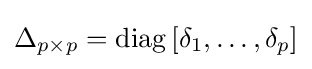
\Delta _{p\times p}=\operatorname {diag} \left[\delta _{1},\ldots ,\delta _{p}\right]